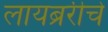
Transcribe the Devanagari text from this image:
लायब्ररीचे